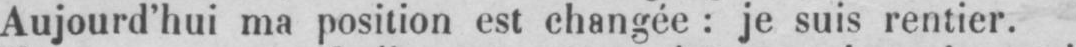
Aujourd’hui ma position est changée: je suis rentier.